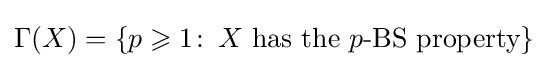
\Gamma (X)=\{p\geqslant 1\colon \,X{\text{ has the }}p{\text{-BS property}}\}